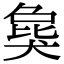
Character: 𤟭